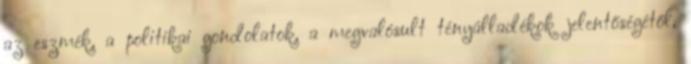
az eszmék, a politikai gondolatok, a megvalósult tényálladékok jelentőségétől,